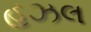
હઝલ